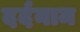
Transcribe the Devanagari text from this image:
दर्दनाम